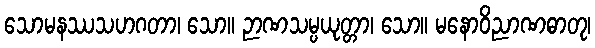
သောမနဿသဟဂတာ၊ သော။ ဉာဏသမ္ပယုတ္တာ၊ သော။ မနောဝိညာဏဓာတု၊